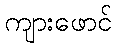
ကျားဖောင်